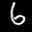
Label: 6